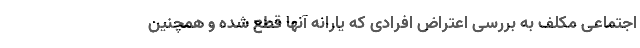
اجتماعی مکلف به بررسی اعتراض افرادی که یارانه آنها قطع شده و همچنین